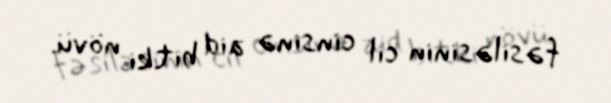
fəsiləsinin cil cinsinə aid bitki növü.